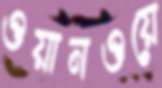
ওয়ানওয়ে